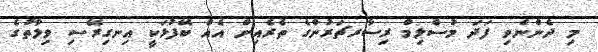
މި ދެންނެވި ފަދަ މުސްލިމް ރިސާރޗަރުންގެ ތެރެއިން އެއް ބޭފުޅަކީ އިނގިރޭސި ވިލާތުގެ